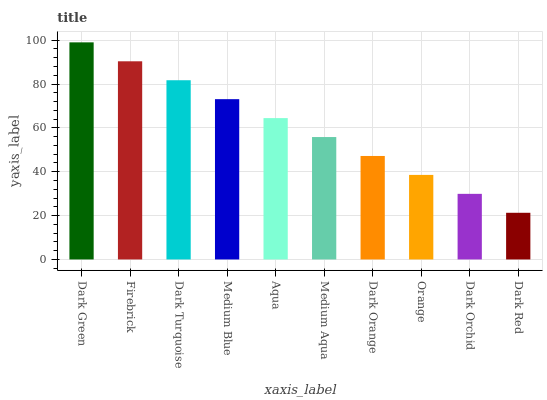
| xaxis_label | bars |
 | --- | --- |
 | Dark Green | 99 |
 | Firebrick | 90.4 |
 | Dark Turquoise | 81.7 |
 | Medium Blue | 73.1 |
 | Aqua | 64.5 |
 | Medium Aqua | 55.8 |
 | Dark Orange | 47.2 |
 | Orange | 38.6 |
 | Dark Orchid | 29.9 |
 | Dark Red | 21.3 |